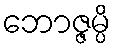
ဘောဇ္ဇမ္ပိ